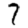
Digit: 7